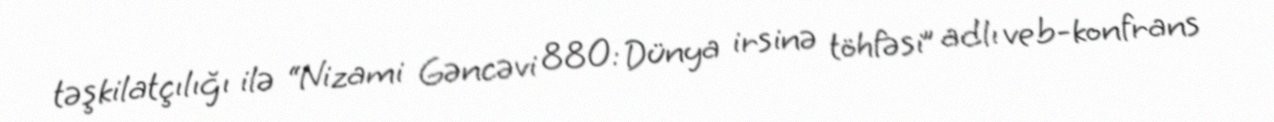
təşkilatçılığı ilə “Nizami Gəncəvi 880: Dünya irsinə töhfəsi” adlı veb-konfrans